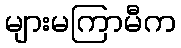
များမကြာမီက